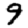
Digit: 9